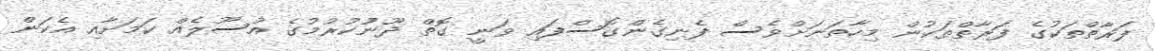
ފަރާތްތަކުގެ ފަރާތްތަކުން މިހާތަނަށްވެސް ފެނިގެންގޮސްފައި ވަނީ ގޮތް ދޫނުުކުރުމުގެ އުސޫލެއް ކަމަށާއި އެކަން